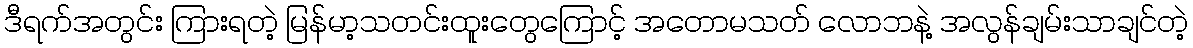
ဒီရက်အတွင်း ကြားရတဲ့ မြန်မာ့သတင်းထူးတွေကြောင့် အတောမသတ် လောဘနဲ့ အလွန်ချမ်းသာချင်တဲ့